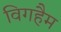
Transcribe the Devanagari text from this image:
विगहैम